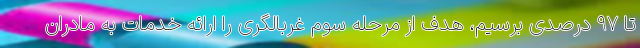
تا ۹۷ درصدی برسیم، هدف از مرحله سوم غربالگری را ارائه خدمات به مادران